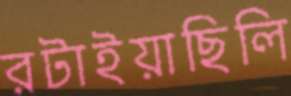
রটাইয়াছিলি